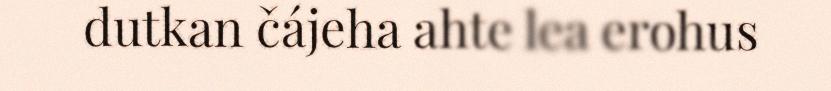
dutkan čájeha ahte lea erohus